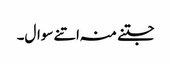
جتنے منہ اتنے سوال۔